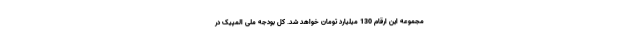
مجموعه این ارقام 130 میلیارد تومان خواهد شد. کل بودجه ملی المپیک در